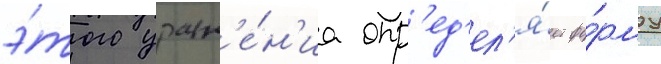
э́того уравн'е́н'иа опр'ед'ел'я́ет фо́рму